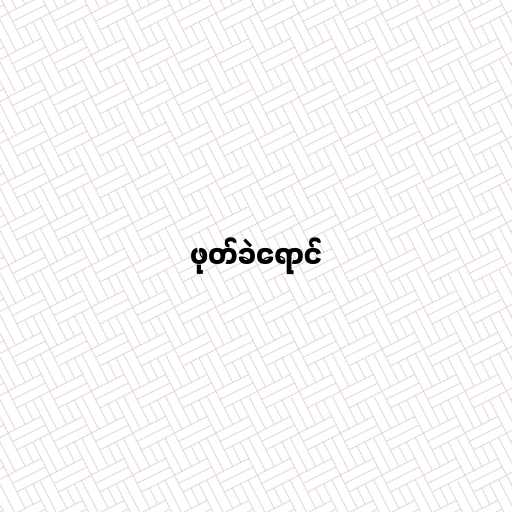
ဖုတ်ခဲရောင်